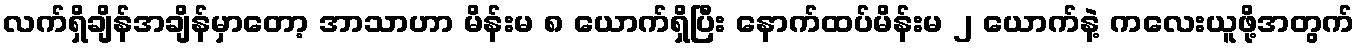
လက်ရှိချိန်အချိန်မှာတော့ အာသာဟာ မိန်းမ ၈ ယောက်ရှိပြီး နောက်ထပ်မိန်းမ ၂ ယောက်နဲ့ ကလေးယူဖို့အတွက်